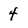
Character: 4